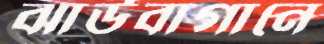
ঝাউবাগানে